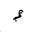
Letter: _hamza